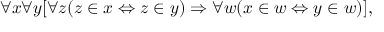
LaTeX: \forall x \forall y [ \forall z ( z \in x \Leftrightarrow z \in y ) \Rightarrow \forall w ( x \in w \Leftrightarrow y \in w ) ] ,